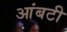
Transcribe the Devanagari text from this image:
आंबटी